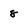
Character: 8